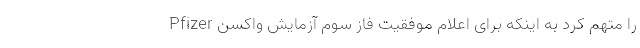
Pfizer را متهم کرد به اینکه برای اعلام موفقیت فاز سوم آزمایش واکسن